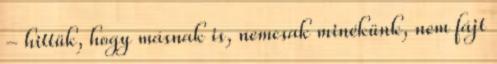
- hittük, hogy másnak is, nemcsak minékünk, nem fájt